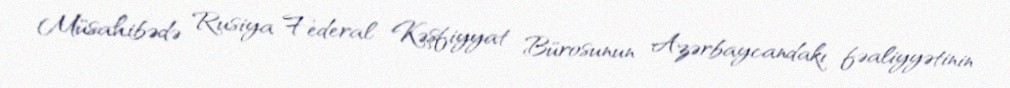
Müsahibədə Rusiya Federal Kəşfiyyat Bürosunun Azərbaycandakı fəaliyyətinin